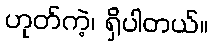
ဟုတ်ကဲ့၊ ရှိပါတယ်။